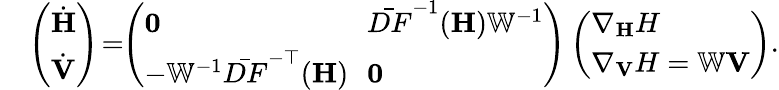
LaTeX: \begin{array}{rl}&{\left(\begin{array}{l}{\dot{\mathbf{H}}}\\ {\dot{\mathbf{V}}}\end{array}\right)\! =\! \! \left(\begin{array}{ll}{{\mathbf{0}}\! \! }&{\bar{DF}^{-1}({\mathbf H}){\mathbb{W}}^{-1}}\\ {-{\mathbb{W}}^{-1}\bar{DF}^{-\top}({\mathbf H})\! \! }&{{\mathbf 0}}\end{array}\right)\left(\begin{array}{l}{\nabla_{\mathbf{H}}H}\\ {\nabla_{\mathbf{V}}H=\mathbb{W}{\mathbf V}}\end{array}\right).}\end{array}